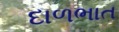
દાળભાત